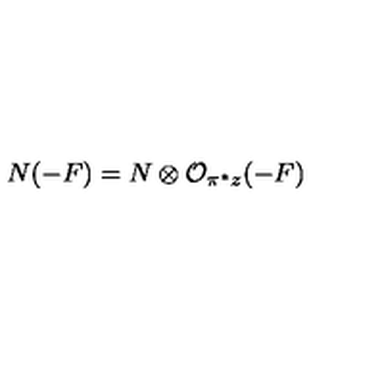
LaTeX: N ( - F ) = N \otimes { \cal O } _ { \pi ^ { * } z } ( - F )